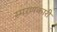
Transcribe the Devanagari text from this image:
स्मरणकारी